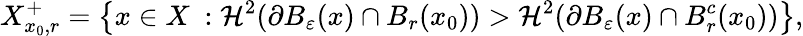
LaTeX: X_{x_{0},r}^{+}=\left\{ x\in X\ :\mathcal{H}^{2}(\partial B_{\varepsilon}(x)\cap B_{r}(x_{0}))>\mathcal{H}^{2}(\partial B_{\varepsilon}(x)\cap B_{r}^{c}(x_{0}))\right\} ,